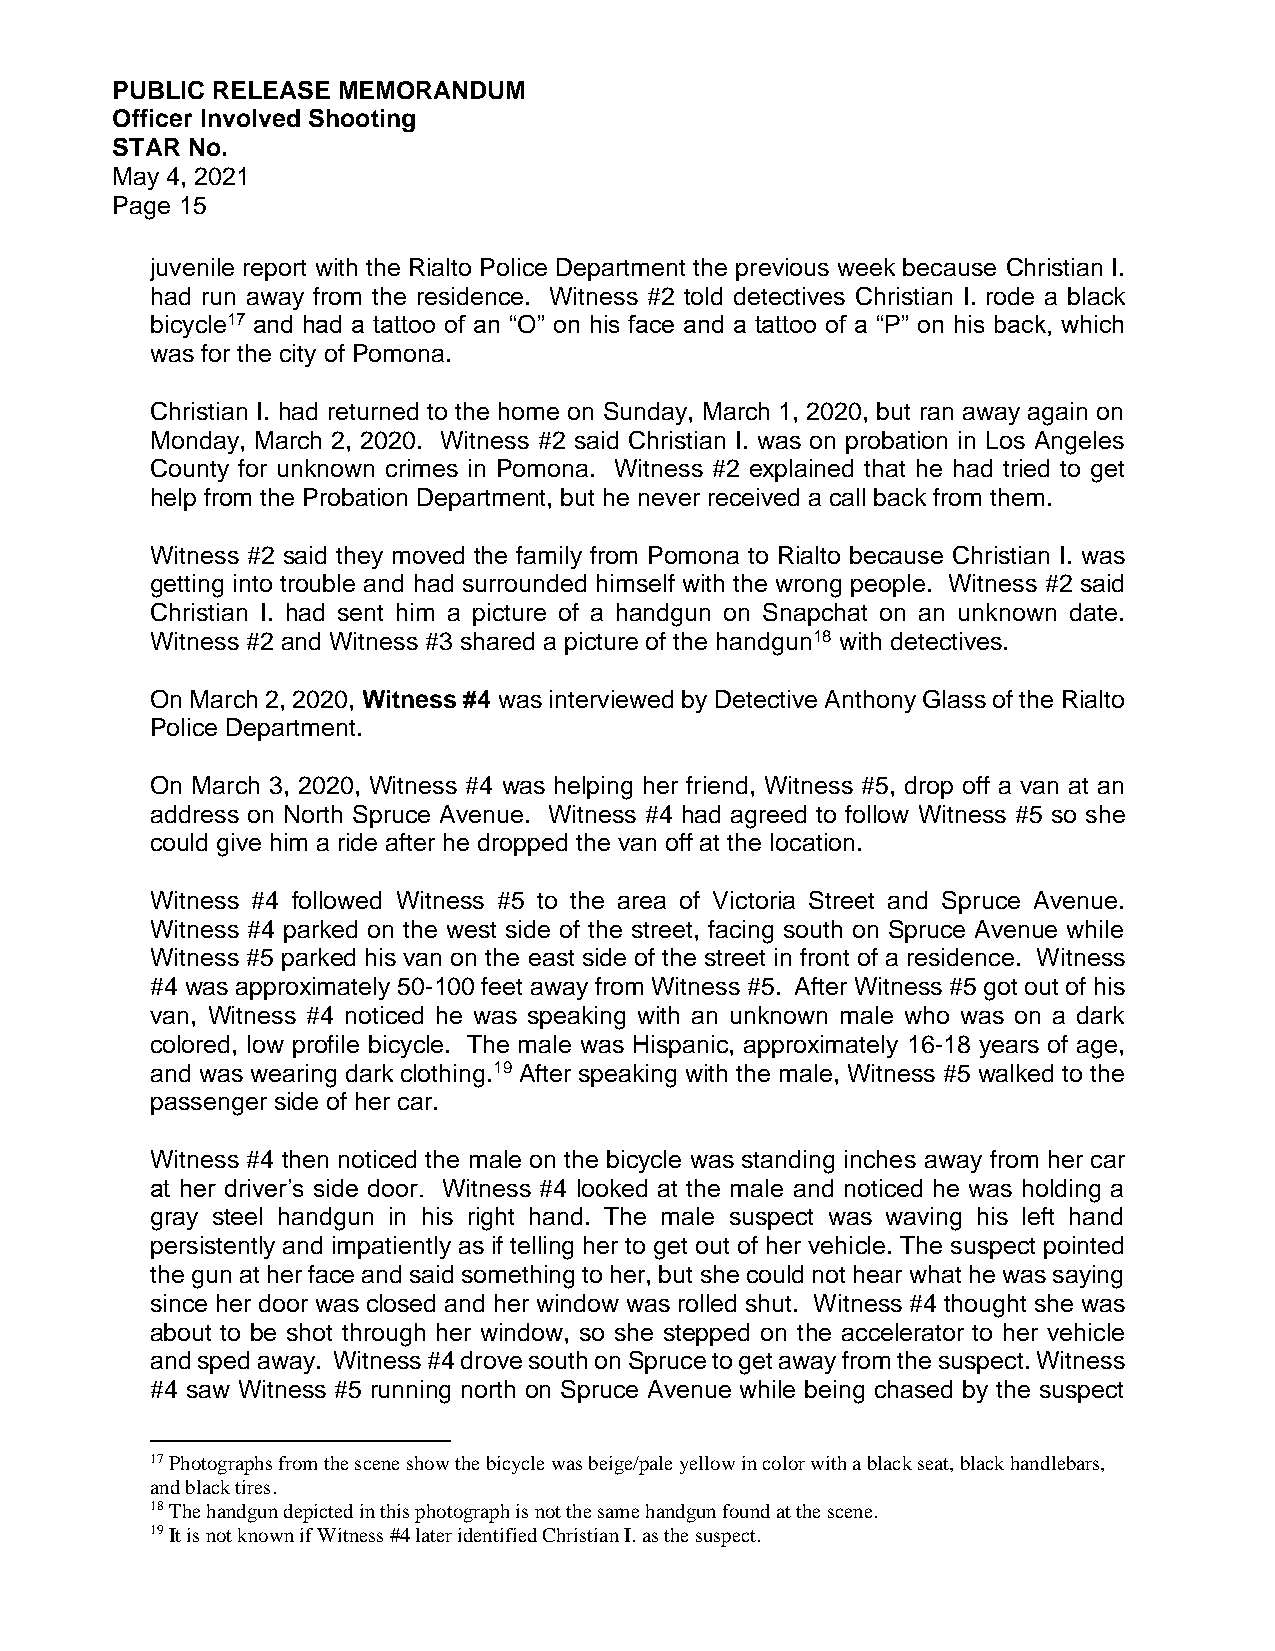
PUBLIC RELEASE MEMORANDUM
 Officer Involved Shooting
 STAR No.
 May 4, 2021
 Page 15
 juvenile report with the Rialto Police Department the previous week because Christian I.
 had run away from the residence. Witness #2 told detectives Christian I. rode a black
 bicycle17 and had a tattoo of an “O” on his face and a tattoo of a “P” on his back, which
 was for the city of Pomona.
 Christian I. had returned to the home on Sunday, March 1, 2020, but ran away again on
 Monday, March 2, 2020. Witness #2 said Christian I. was on probation in Los Angeles
 County for unknown crimes in Pomona. Witness #2 explained that he had tried to get
 help from the Probation Department, but he never received a call back from them.
 Witness #2 said they moved the family from Pomona to Rialto because Christian I. was
 getting into trouble and had surrounded himself with the wrong people. Witness #2 said
 Christian I. had sent him a picture of a handgun on Snapchat on an unknown date.
 Witness #2 and Witness #3 shared a picture of the handgun18 with detectives.
 On March 2, 2020, Witness #4 was interviewed by Detective Anthony Glass of the Rialto
 Police Department.
 On March 3, 2020, Witness #4 was helping her friend, Witness #5, drop off a van at an
 address on North Spruce Avenue. Witness #4 had agreed to follow Witness #5 so she
 could give him a ride after he dropped the van off at the location.
 Witness #4 followed Witness #5 to the area of Victoria Street and Spruce Avenue.
 Witness #4 parked on the west side of the street, facing south on Spruce Avenue while
 Witness #5 parked his van on the east side of the street in front of a residence. Witness
 #4 was approximately 50-100 feet away from Witness #5. After Witness #5 got out of his
 van, Witness #4 noticed he was speaking with an unknown male who was on a dark
 colored, low profile bicycle. The male was Hispanic, approximately 16-18 years of age,
 and was wearing dark clothing.19 After speaking with the male, Witness #5 walked to the
 passenger side of her car.
 Witness #4 then noticed the male on the bicycle was standing inches away from her car
 at her driver’s side door. Witness #4 looked at the male and noticed he was holding a
 gray steel handgun in his right hand. The male suspect was waving his left hand
 persistently and impatiently as if telling her to get out of her vehicle. The suspect pointed
 the gun at her face and said something to her, but she could not hear what he was saying
 since her door was closed and her window was rolled shut. Witness #4 thought she was
 about to be shot through her window, so she stepped on the accelerator to her vehicle
 and sped away. Witness #4 drove south on Spruce to get away from the suspect. Witness
 #4 saw Witness #5 running north on Spruce Avenue while being chased by the suspect
 17 Photographs from the scene show the bicycle was beige/pale yellow in color with a black seat, black handlebars,
 and black tires.
 18 The handgun depicted in this photograph is not the same handgun found at the scene.
 19 It is not known if Witness #4 later identified Christian I. as the suspect.